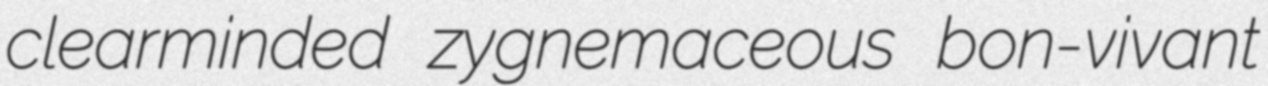
clearminded zygnemaceous bon-vivant